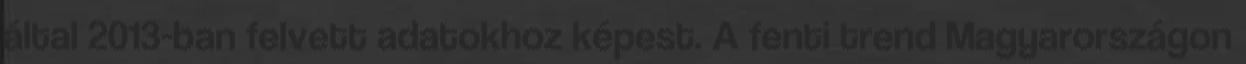
által 2013-ban felvett adatokhoz képest. A fenti trend Magyarországon